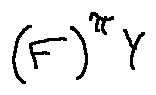
( F ) ^ { \pi } Y